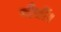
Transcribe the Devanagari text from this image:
पौधों।